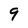
Character: 9